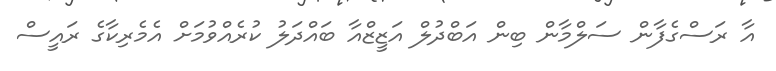
އާ ރަސްގެފާން ސަލްމާން ބިން އަބްދުލް އަޒީޒްއާ ބައްދަލު ކުރެއްވުމަށް އެމެެރިކާގެ ރައީސް